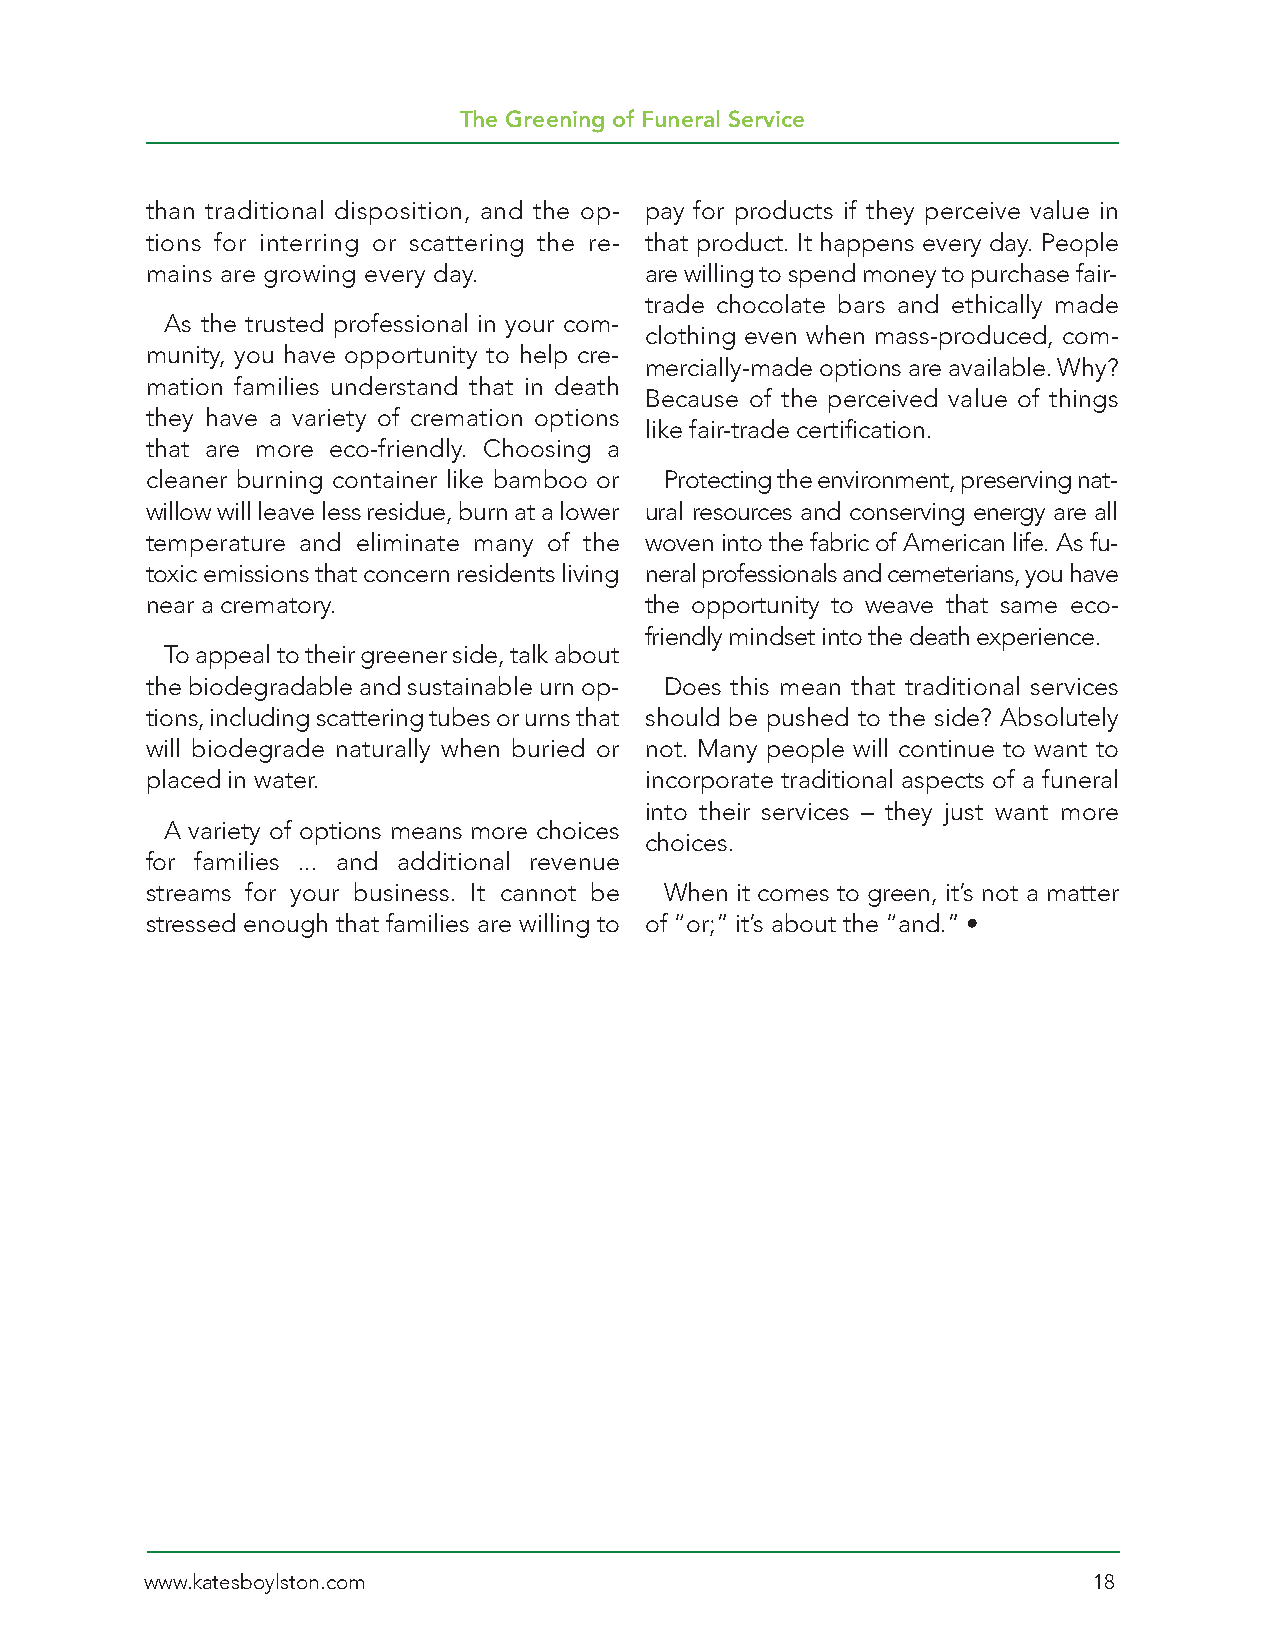
The Greening of Funeral Service
 than traditional disposition, and the op- pay for products if they perceive value in
 tions for interring or scattering the re- that product. It happens every day. People
 mains are growing every day.     are willing to spend money to purchase fair-
 trade chocolate bars and ethically made
 As the trusted professional in your com-
 clothing even when mass-produced, com-
 munity, you have opportunity to help cre-
 mercially-made options are available. Why?
 mation families understand that in death
 Because of the perceived value of things
 they have a variety of cremation options
 like fair-trade certification.
 that are more eco-friendly. Choosing a
 cleaner burning container like bamboo or Protecting the environment, preserving nat-
 willow will leave less residue, burn at a lower ural resources and conserving energy are all
 temperature and eliminate many of the woven into the fabric of American life. As fu-
 toxic emissions that concern residents living neral professionals and cemeterians, you have
 near a crematory.                the opportunity to weave that same eco-
 friendly mindset into the death experience.
 To appeal to their greener side, talk about
 the biodegradable and sustainable urn op- Does this mean that traditional services
 tions, including scattering tubes or urns that should be pushed to the side? Absolutely
 will biodegrade naturally when buried or not. Many people will continue to want to
 placed in water.                 incorporate traditional aspects of a funeral
 into their services – they just want more
 A variety of options means more choices
 choices.
 for families ... and additional revenue
 streams for your business. It cannot be When it comes to green, it’s not a matter
 stressed enough that families are willing to of “or;” it’s about the “and.” •
 www.katesboylston.com                                         18